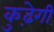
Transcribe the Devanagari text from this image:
कुढ़ेगी